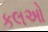
કલઓ